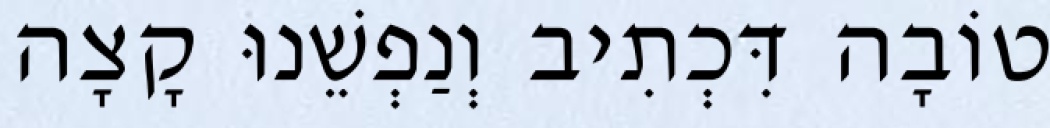
טוֹבָה דִּכְתִיב וְנַפְשֵׁנוּ קָצָה